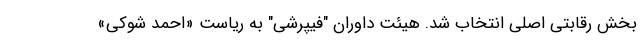
بخش رقابتی اصلی انتخاب شد. هیئت داوران "فیپرشی" به ریاست «احمد شوکی»